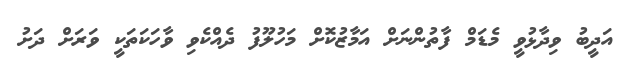
އަދީބު ވިދާޅުވީ މެޑަމް ފާތުންނަށް އަމާޒުކޮށް މަހުލޫފު ދެއްކެވި ވާހަކަތަކީ ވަރަށް ދަށު